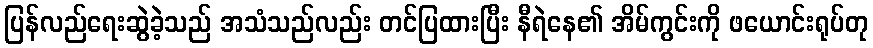
ပြန်လည်ရေးဆွဲခဲ့သည် အသံသည်လည်း တင်ပြထားပြီး နီရဲနေ၏ အိမ်ကွင်းကို ဖယောင်းရုပ်တု